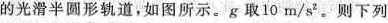
的光滑半圆形轨道，如图所示。g取10m/s^{2}。则下列